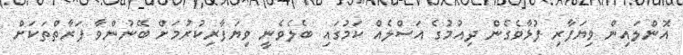
އޮންލައިން ވިޔަފާރި ފުޅާވެގެން ދިއުމުގެ އަސްލެއް ކަމުގައި ބެލެވެނީ ވިޔަފާރިކުރުމަށް ބޭނުންވާ ފަރާތްތަކަށް